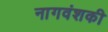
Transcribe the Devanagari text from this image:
नागवंशकी